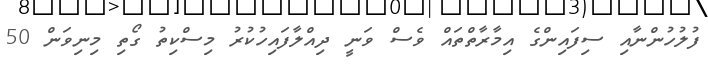
ފުލުހުންނާއި ސިފައިންގެ އިމާރާތްތައް ވެސް ވަނީ ދިއްލާފައިހުކުރު މިސްކިތު ގޯތި މިނިވަން 50